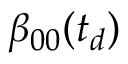
\beta _ { 0 0 } ( t _ { d } )